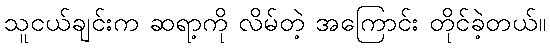
သူငယ်ချင်းက ဆရာ့ကို လိမ်တဲ့ အကြောင်း တိုင်ခဲ့တယ်။